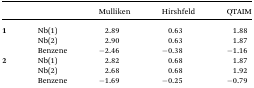
|  |  | Mulliken | Hirshfeld | QTAIM |
 | --- | --- | --- | --- | --- |
 | <ROWSPAN=3> 1 | Nb(1) | 2.89 | 0.63 | 1.88 |
 | Nb(2) | 2.90 | 0.63 | 1.87 |
 | Benzene | –2.46 | –0.38 | –1.16 |
 | <ROWSPAN=3> 2 | Nb(1) | 2.82 | 0.68 | 1.87 |
 | Nb(2) | 2.68 | 0.68 | 1.92 |
 | Benzene | –1.69 | –0.25 | –0.79 |